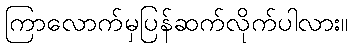
ကြာလောက်မှပြန်ဆက်လိုက်ပါလား။